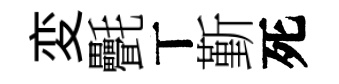
変㲲丅斳死